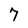
Character: 7